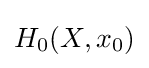
H_{0}(X,x_{0})